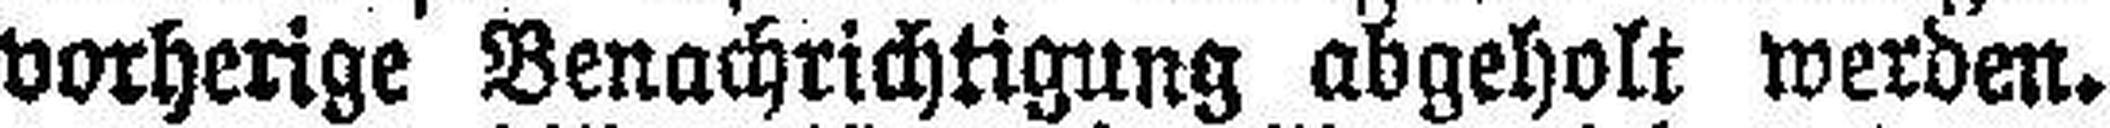
vorherige Benachrichtigung abgeholt werden.